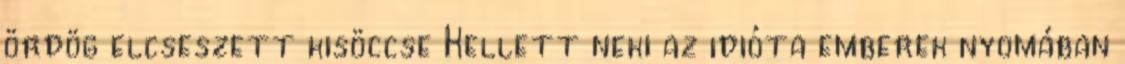
ördög elcseszett kisöccse Kellett neki az idióta emberek nyomában